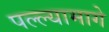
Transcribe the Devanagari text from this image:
पल्ल्यामागे